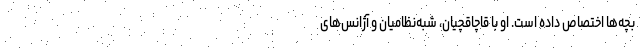
بچه‌ها اختصاص داده است. او با قاچاقچیان، شبه‌نظامیان و آژانس‌های